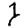
Digit: 1